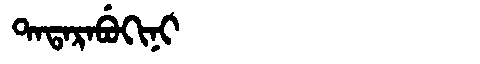
Manchu: ᡨᠠᡨᠠᡵᠠᠪᡠᡴᡳᠨᡳ
Romanization: TATARABUKINI